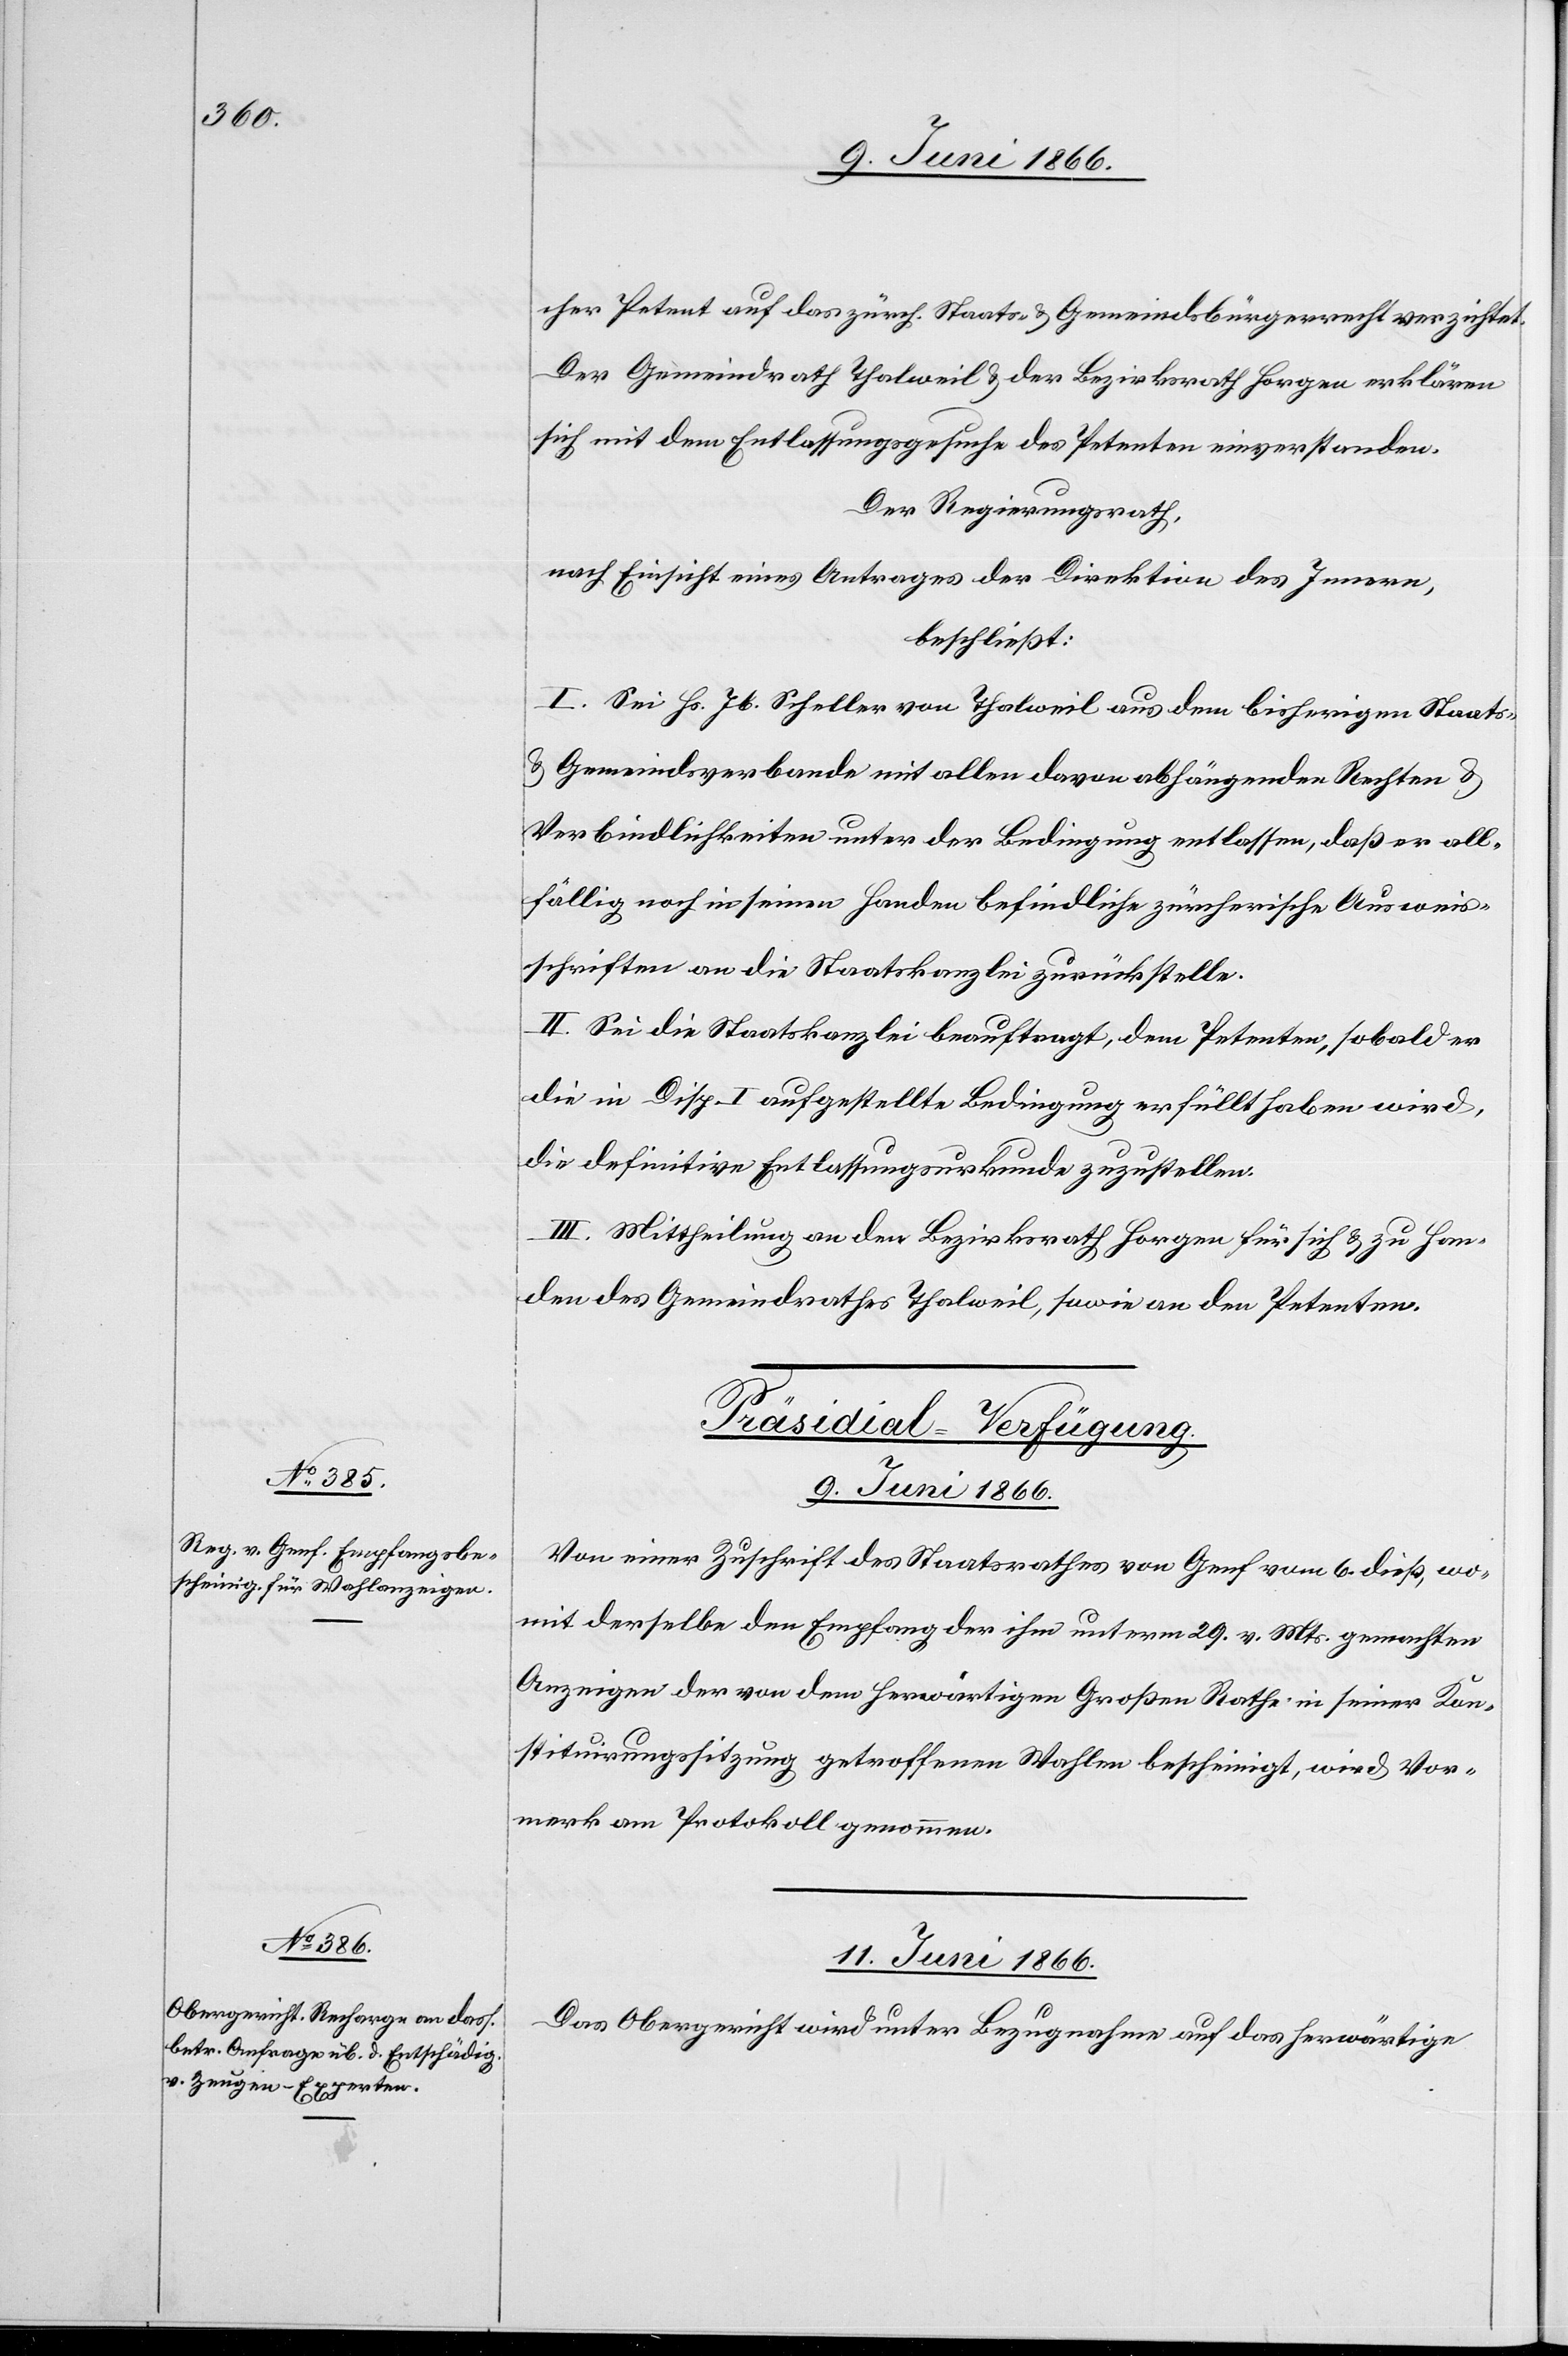
cher Petent auf das zürch. Staats- u. Gemeindsbürgerrecht verzichtet.
Der Gemeindrath Thalweil u. der Bezirksrath Horgen erklären
sich mit dem Entlassungsgesuche des Petenten einverstanden.
Der Regierungsrath,
nach Einsicht eines Antrages der Direktion des Innern,
beschließt:
I. Sei Hs. Jb. Scheller von Thalweil aus dem bisherigen Staats-
u. Gemeindsbürgerrecht mit allen davon abhängenden Rechten u.
Verbindlichkeiten unter der Bedingung entlassen, daß er all¬
fällig noch in seinen Handen befindliche zürcherische Ausweis¬
schriften an die Staatskanzlei zurückstellt.
II. Sei die Staatskanzlei beauftragt, dem Petenten, sobald er
die in Disp. I aufgestellte Bedingung erfüllt haben wird,
die definitive Entlassungsurkunde auszustellen.
III. Mittheilung an den Bezirksrath Horgen für sich u. zu Han¬
den des Gemeindrathes Thalweil, sowie an den Petenten.
[Präsidial-Verfügungen.]
9. Juni 1866.
Von einer Zuschrift des Staatsrathes von Genf vom 6. dieß, wo¬
mit derselbe den Empfang der ihm unterm 29. v. Mts. gemachten
Anzeigen der von dem herwärtigen Großen Rathe in seiner Kon¬
stituirungssitzung getroffenen Wahlen bescheinigt, wird Vor¬
merk am Protokoll genommen.
11. Juni 1866.
Das Obergericht wird unter Bezugnahme auf das herwärtige